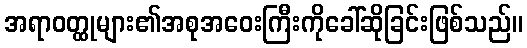
အရာဝတ္ထုများ၏အစုအဝေးကြီးကိုခေါ်ဆိုခြင်းဖြစ်သည်။